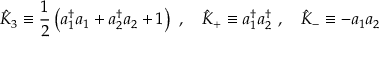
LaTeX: { \hat { K } } _ { 3 } \equiv { \frac { 1 } { 2 } } \left( a _ { 1 } ^ { \dagger } a _ { 1 } + a _ { 2 } ^ { \dagger } a _ { 2 } + 1 \right) \ , \quad { \hat { K } } _ { + } \equiv a _ { 1 } ^ { \dagger } a _ { 2 } ^ { \dagger } \ , \quad { \hat { K } } _ { - } \equiv - a _ { 1 } a _ { 2 }